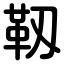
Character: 靱